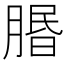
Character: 𦝮